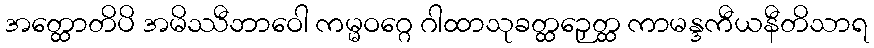
အတ္ထောတိပိ အမိဿီဘာဝေါ ကမ္မဝဂ္ဂေ ဂါထာသုခတ္ထဉှေတ္ထ ကာမန္ဒကီယနီတိသာရ